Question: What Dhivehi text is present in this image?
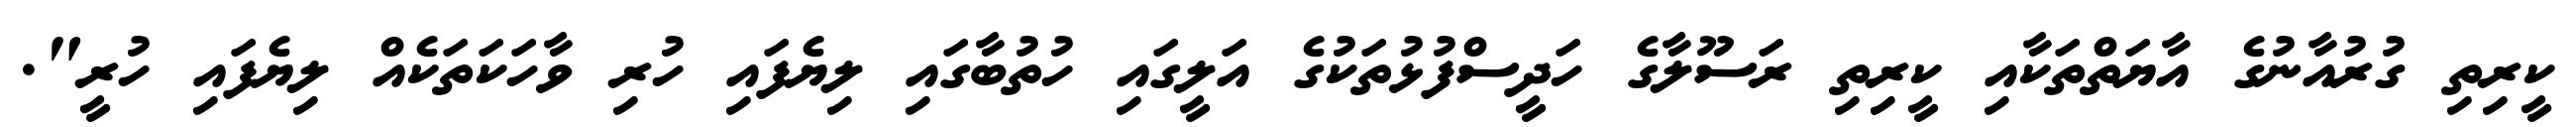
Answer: ކީރިތި ގުރުއާނުގެ އާޔަތްތަކާއި ކީރިތި ރަސޫލާގެ ހަދީސްފުޅުތަކުގެ އަލީގައި ހުތުބާގައި ލިޔެފައި ހުރި ވާހަކަތަކެއް ލިޔެފައި ހުރީ".